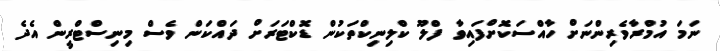
ނަމަ އުމްރާވެރިންނަށް ހާއްސަކޮށްފައިވާ ފްލޫ ކްލިނިކްތަކުން ޑޮކްޓަރަށް ދައްކަން ވެސް މިނިސްޓްރީން އެދެ